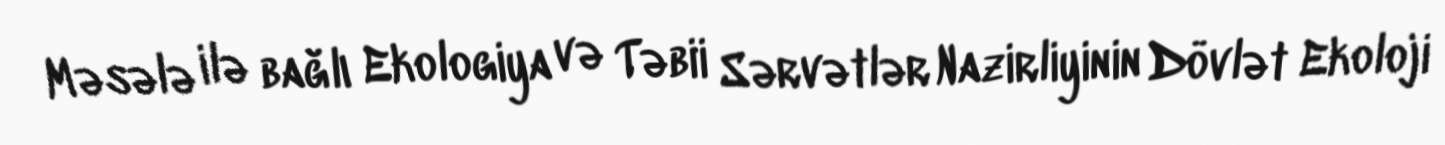
Məsələ ilə bağlı Ekologiya və Təbii Sərvətlər Nazirliyinin Dövlət Ekoloji